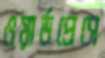
ওয়ার্ডপ্রেসে